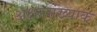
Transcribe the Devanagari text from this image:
अक्षरसंख्याक